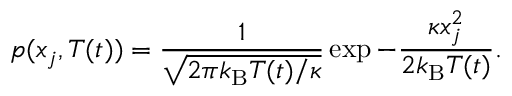
p ( x _ { j } , T ( t ) ) = \frac { 1 } { \sqrt { 2 \pi k _ { \mathrm { B } } T ( t ) / \kappa } } \exp { - \frac { \kappa x _ { j } ^ { 2 } } { 2 k _ { \mathrm { B } } T ( t ) } } .